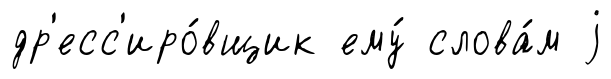
др'есс'иро́вщик ему́ слова́м j